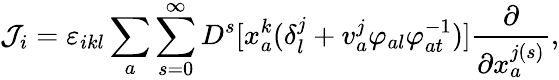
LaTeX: {\cal J}_{i}=\varepsilon_{ikl}\sum_{a}\sum_{s=0}^{\infty}D^{s}[x_{a}^{k}(\delta_{l}^{j}+v_{a}^{j}\varphi_{al}\varphi_{at}^{-1})]\frac{\partial}{\partial x_{a}^{j(s)}},